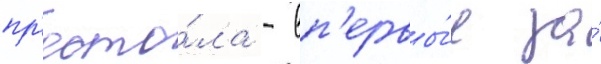
пр'есто́ла - вп'ервы́е за́